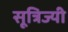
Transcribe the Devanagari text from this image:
सूत्रिज्यी